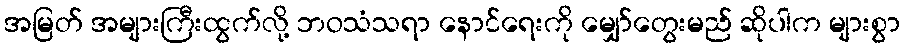
အမြတ် အများကြီးထွက်လို့ ဘဝသံသရာ နောင်ရေးကို မျှော်တွေးမည် ဆိုပါက များစွာ